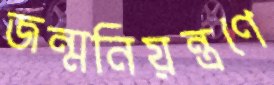
জন্মনিয়ন্ত্রণে